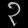
Digit: ၃